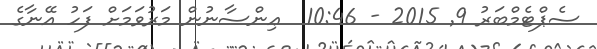
ސެޕްޓެމްބަރު 9